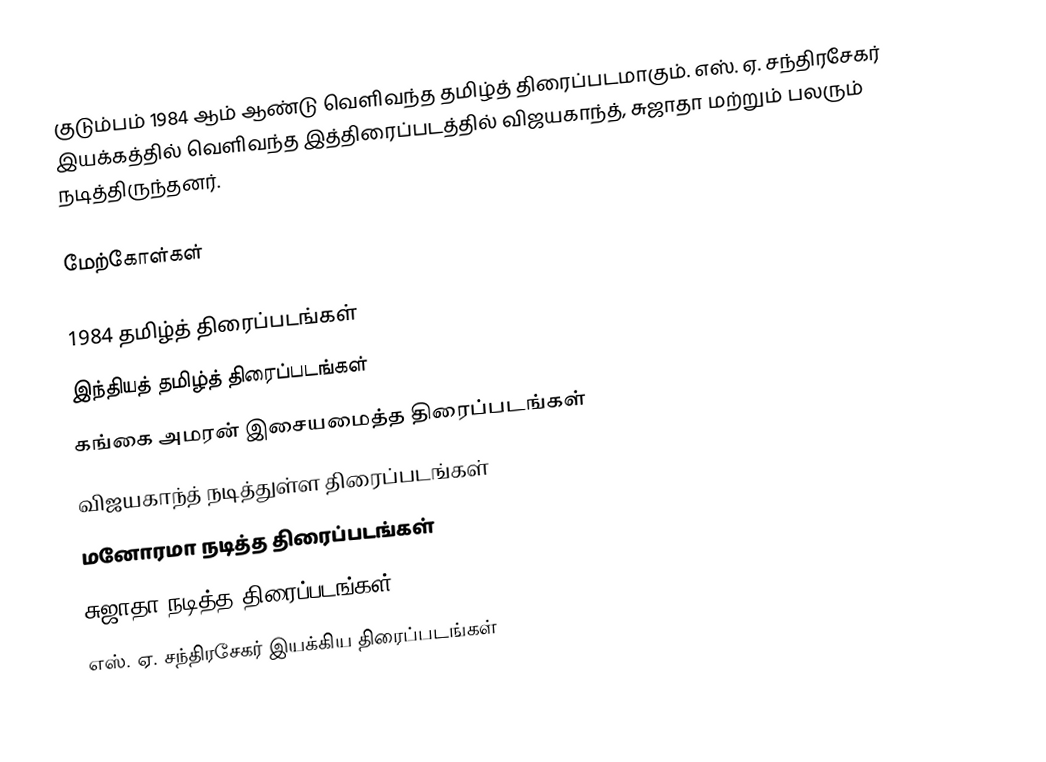
குடும்பம் 1984 ஆம் ஆண்டு வெளிவந்த தமிழ்த் திரைப்படமாகும். எஸ். ஏ. சந்திரசேகர் இயக்கத்தில் வெளிவந்த இத்திரைப்படத்தில் விஜயகாந்த், சுஜாதா மற்றும் பலரும் நடித்திருந்தனர்.

மேற்கோள்கள்

1984 தமிழ்த் திரைப்படங்கள்
இந்தியத் தமிழ்த் திரைப்படங்கள்
கங்கை அமரன் இசையமைத்த திரைப்படங்கள்
விஜயகாந்த் நடித்துள்ள திரைப்படங்கள்
மனோரமா நடித்த திரைப்படங்கள்
சுஜாதா நடித்த திரைப்படங்கள்
எஸ். ஏ. சந்திரசேகர் இயக்கிய திரைப்படங்கள்